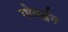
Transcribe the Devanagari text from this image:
गोवर्द्धन